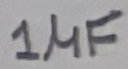
Text: 1µF